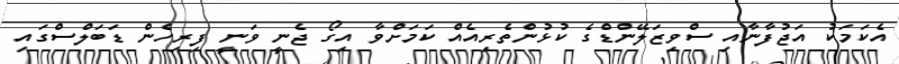
އެކަމަކު އަޖުފާނާއި ސްވިޒަލޭންޑްގެ ކުޅުންތެރިއެއް ކަމަށްވާ އިގޯ ޖެނީ ވަނީ ފިރިހެން ޑަބަލްސްގައި